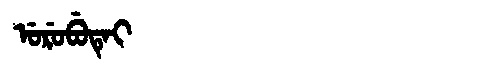
Manchu: ᡠᡵᡠᠪᡠᡨᡝᡳ
Romanization: URUBUTEI